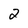
Character: 2